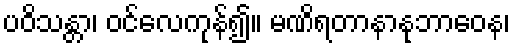
ပဝိသန္တာ၊ ဝင်လေကုန်၍။ မဏိရတာနာနုဘာဝေန၊